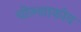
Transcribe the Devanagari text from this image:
बोल्शाकोव